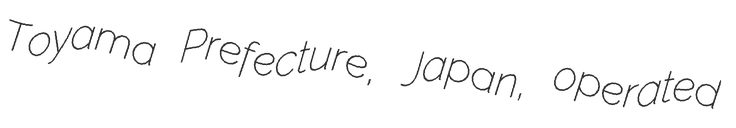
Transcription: Toyama Prefecture, Japan, operated